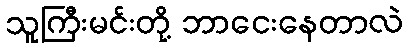
သူကြီးမင်းတို့ ဘာငေးနေတာလဲ